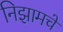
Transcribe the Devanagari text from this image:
निझामचें